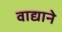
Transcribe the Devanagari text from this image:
वाद्याने